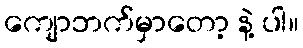
ကျောဘက်မှာတော့ နဲ့ ပါ။